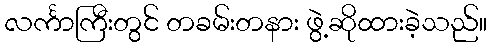
လင်္ကာကြီးတွင် တခမ်းတနား ဖွဲ့ဆိုထားခဲ့သည်။